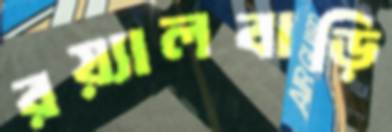
রয়্যালবাড়ি